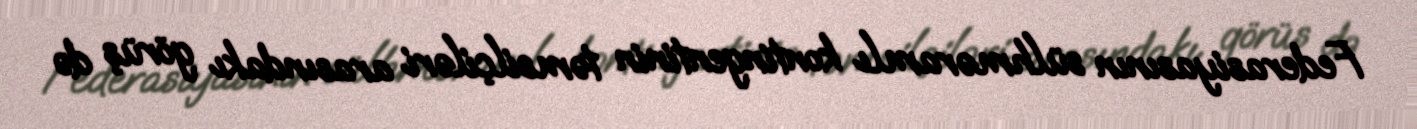
Federasiyasının sülhməramlı kontingentinin təmsilçiləri arasındakı görüş də